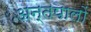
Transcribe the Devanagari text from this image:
अन्तपालों